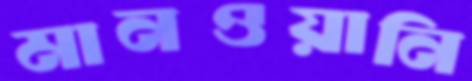
মানওয়ানি